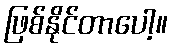
ဖြစ်နိုင်တာပေါ့။